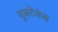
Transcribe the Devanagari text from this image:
युक्टेकंस